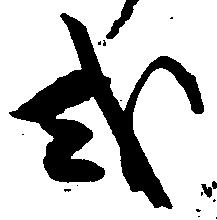
或